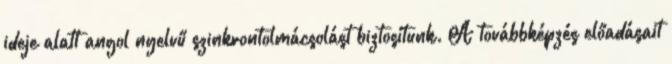
ideje alatt angol nyelvű szinkrontolmácsolást biztosítunk. A továbbképzés előadásait